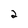
Character: 2